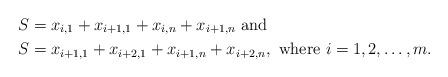
LaTeX: \begin{align*}S &= x_{i,1} + x_{i+1,1} + x_{i,n} + x_{i+1,n} \mbox{ and } \\S &= x_{i+1,1} + x_{i+2,1} + x_{i+1,n} + x_{i+2,n},\mbox{ where } i=1,2,\ldots,m.\end{align*}